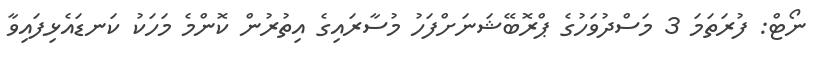
ނޯޓް: ފުރަތަމަ 3 މަސްދުވަހުގެ ޕްރޮބޭޝަނަށްފަހު މުސާރައިގެ އިތުރުން ކޮންމެ މަހަކު ކަނޑައެޅިފައިވާ